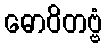
ဓောဝိတဗ္ဗံ